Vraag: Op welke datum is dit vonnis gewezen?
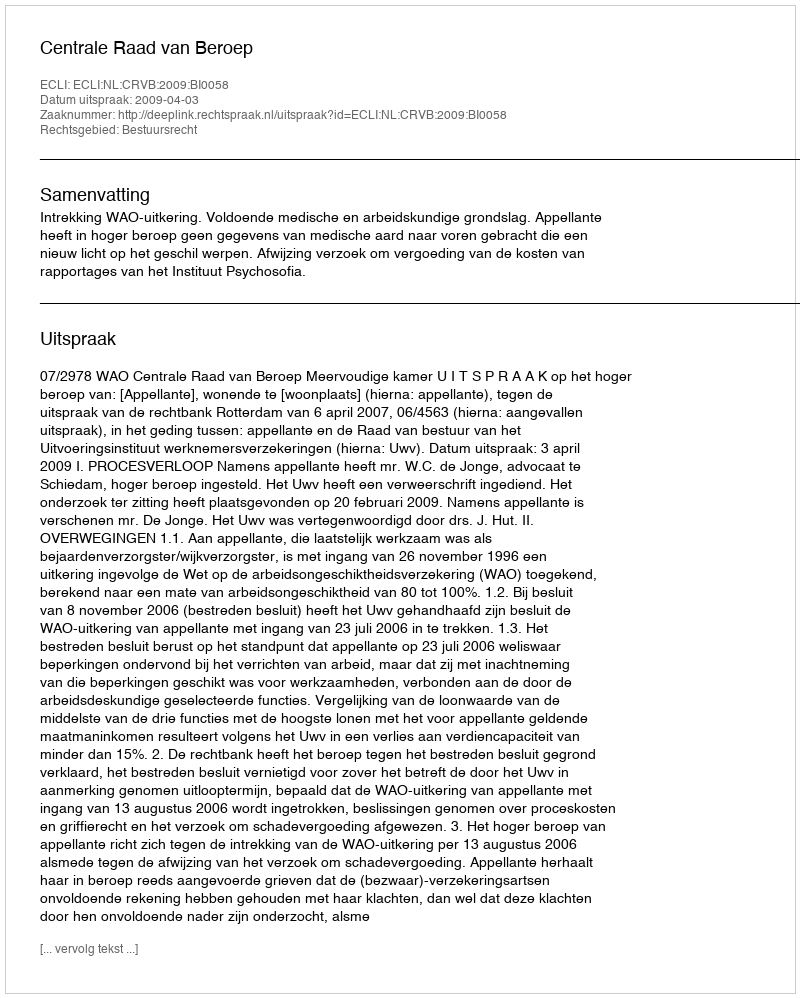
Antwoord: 2009-04-03